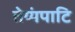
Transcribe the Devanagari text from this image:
तेय्यंपाटि